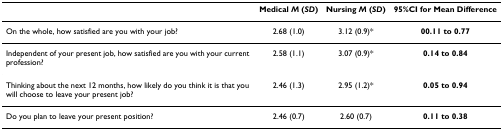
|  | Medical M (SD) | Nursing M (SD) | 95%CI for Mean Difference |
 | --- | --- | --- | --- |
 | On the whole, how satisfied are you with your job? | 2.68 (1.0) | 3.12 (0.9)* | 00.11 to 0.77 |
 | Independent of your present job, how satisfied are you with your current profession? | 2.58 (1.1) | 3.07 (0.9)* | 0.14 to 0.84 |
 | Thinking about the next 12 months, how likely do you think it is that you will choose to leave your present job? | 2.46 (1.3) | 2.95 (1.2)* | 0.05 to 0.94 |
 | Do you plan to leave your present position? | 2.46 (0.7) | 2.60 (0.7) | 0.11 to 0.38 |